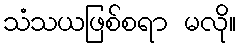
သံသယဖြစ်စရာ မလို။